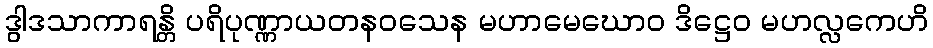
ဒွါဒသာကာရန္တိ ပရိပုဏ္ဏာယတနဝသေန မဟာမေဃောဝ ဒိဋ္ဌေဝ မဟလ္လကေဟိ